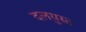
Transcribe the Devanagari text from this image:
दलयुस्त